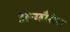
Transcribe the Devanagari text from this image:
अन्ग्लैसेस